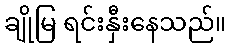
ချိုမြ ရင်းနှီးနေသည်။